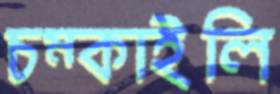
চম্‌কাইলি